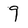
Character: 9